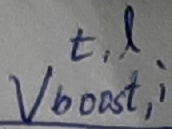
Text: t,l Vboost,i